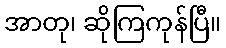
အာတု၊ ဆိုကြကုန်ပြီ။